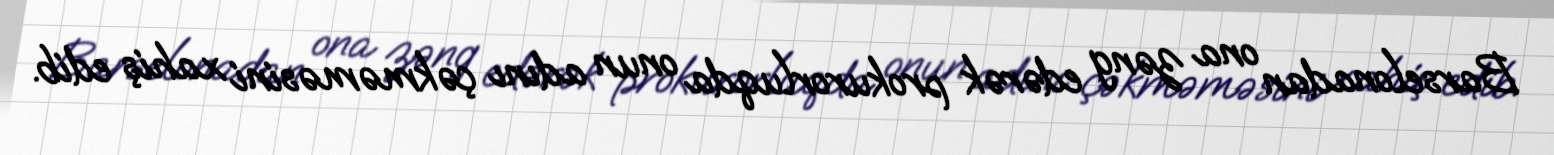
Barselonadan ona zəng edərək prokurorluqda onun adını çəkməməsini xahiş edib.